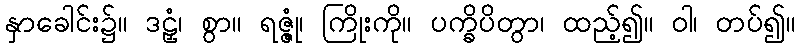
နှာခေါင်း၌။ ဒဠှံ၊ စွာ။ ရဇ္ဇုံ၊ ကြိုးကို။ ပက္ခိပိတွာ၊ ထည့်၍။ ဝါ၊ တပ်၍။